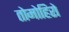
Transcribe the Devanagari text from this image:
तोमोहिरो